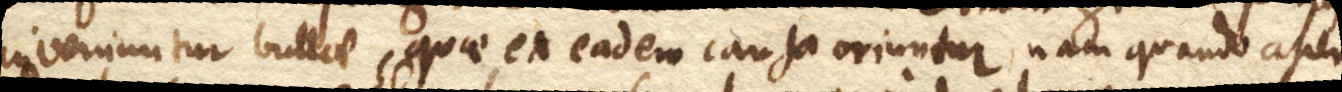
inveniuntur bullae, quae ex eadem causa oriuntur, nam quando ascen–